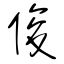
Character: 俊